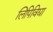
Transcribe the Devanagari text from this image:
लिपिविद्या